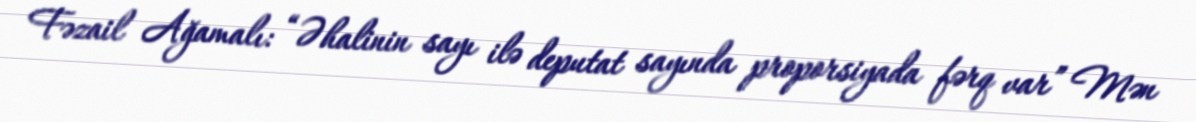
Fəzail Ağamalı: “Əhalinin sayı ilə deputat sayında proporsiyada fərq var” Mən